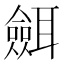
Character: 𦗼